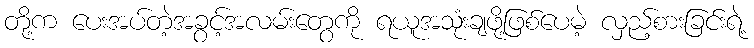
တို့က ပေးအပ်တဲ့အခွင့်အလမ်းတွေကို ရယူအသုံးချဖို့ဖြစ်ပေမဲ့ လှည့်စားခြင်းရဲ့